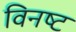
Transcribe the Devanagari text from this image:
विनष्‍ट